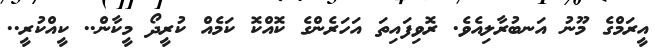
އީރަމްގެ މޫނު އަނބުރާލިއެވެ. ރޮވިފައިތަ އަހަރެންގެ ކޮއްކޮ ކަމެއް ކުރީދޯ މީކާން.. ކީއްކުރީ..